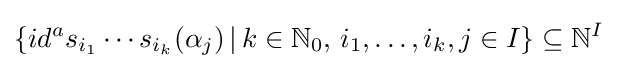
\{id^{a}s_{i_{1}}\cdots s_{i_{k}}(\alpha _{j})\,|\,k\in \mathbb {N} _{0},\,i_{1},\dots ,i_{k},j\in I\}\subseteq \mathbb {N} ^{I}